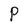
Character: P